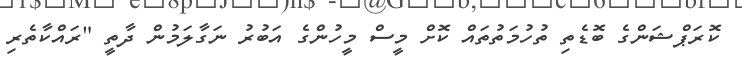
ކޮރަޕްޝަންގެ ބޮޑެތި ތުހުމަތުތައް ކޮށް މީސް މީހުންގެ އަބުރު ނަގާލަމުން ދާތީ "ރައްކާތެރި